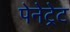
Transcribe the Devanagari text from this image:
पेनेट्रेट